Report of the Bombay Veterinary College
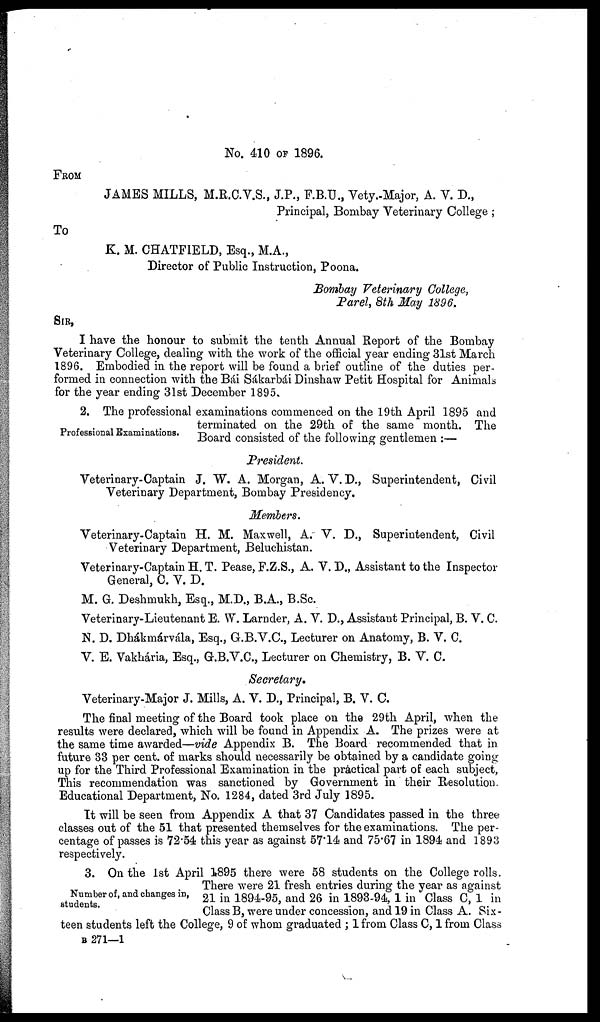
No. 410 OF 1896.
FROM
JAMES MILLS, M.R.C.V.S., J.P., F.B.U., Vety. Major, A. V. D.,
Principal, Bombay Veterinary College ;
To
K. M. CHATFIELD, Esq., M.A.,
Director of Public Instruction, Poona.
Bombay Veterinary College,
Parel, 8th May 1896.
SIR,
I have the honour to submit the tenth Annual Report of the Bombay
Veterinary College, dealing with the work of the official year ending 31st March
1896. Embodied in the report will be found a brief outline of the duties per-
formed in connection with the Bái Sákarbái Dinshaw Petit Hospital for Animals
for the year ending 31st December 1895.
2. The professional examinations commenced on the 19th April 1895 and
terminated on the 29th of the same month. The
Professional Examinations.
Board consisted of the following gentlemen :-
President.
Veterinary-Captain J. W. A. Morgan, A. V. D., Superintendent, Civil
Veterinary Department, Bombay Presidency.
Members.
Veterinary-Captain H. M. Maxwell, A. V. D., Superintendent, Civil
Veterinary Department, Beluchistan.
Veterinary-Captain H. T. Pease, F.Z.S., A. V. D., Assistant to the Inspector
General, C. V. D.
M. G. Deshmukh, Esq., M.D., B.A., B.Sc.
Veterinary-Lieutenant E. W. Larnder, A. V. D., Assistant Principal, B. V. C.
N. D. Dhákmárvála, Esq., G.B.V.C., Lecturer on Anatomy, B. V. C.
V. E. Vakhária, Esq., G .B.V.C., Lecturer on Chemistry, B. V. C.
Secretary.
Veterinary-Major J. Mills, A. V. D., Principal, B. V. C.
The final meeting of the Board took place on the 29th April, when the
results were declared, which will be found in Appendix A. The prizes were at
the same time awarded—vide Appendix B. The Board recommended that in
future 33 per cent.of marks should necessarily be obtained by a candidate going
up for the Third Professional Examination in the practical part of each subject,
This recommendation was sanctioned by Government in their Resolution.
Educational Department, No. 1284, dated 3rd July 1895.
It will be seen from Appendix A that 37 Candidates passed in the three
classes out of the 51 that presented themselves for the examinations. The per-
centage of passes is 72.54 this year as against 57.14 and 75.67 in 1894 and 1893
respectively.
Number of, and changes in,
students.
3. On the 1st April 1895 there were 58 students on the College rolls.
There were 21 fresh entries during the year as against
21 in 1894-95, and 26 in 1893-94, 1 in Class C, 1 in
Class B, were under concession, and 19 in Class A. Six-
teen students left the College, 9 of whom graduated ; 1 from Class
B 271—1